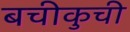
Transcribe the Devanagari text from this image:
बचीकुची